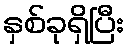
နှစ်ခုရှိပြီး